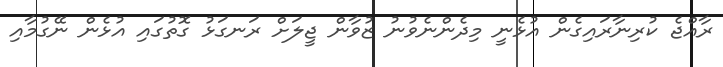
ރާއްޖެ ކުރިނާރައިގެން އުޅެނީ މިދެންނެވުނު ޒުވާން ޖީލަށް ރަނގަޅު ގޮތުގައި އުޅެން ނޭގުމާއި